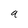
Character: q